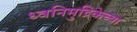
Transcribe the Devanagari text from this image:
ध्वनिमुद्रिकेच्या